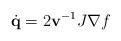
LaTeX: \begin{align*} \dot{\bf q} = 2 {\bf v}^{-1} J \nabla f\end{align*}